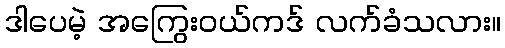
ဒါပေမဲ့ အကြွေးဝယ်ကဒ် လက်ခံသလား။